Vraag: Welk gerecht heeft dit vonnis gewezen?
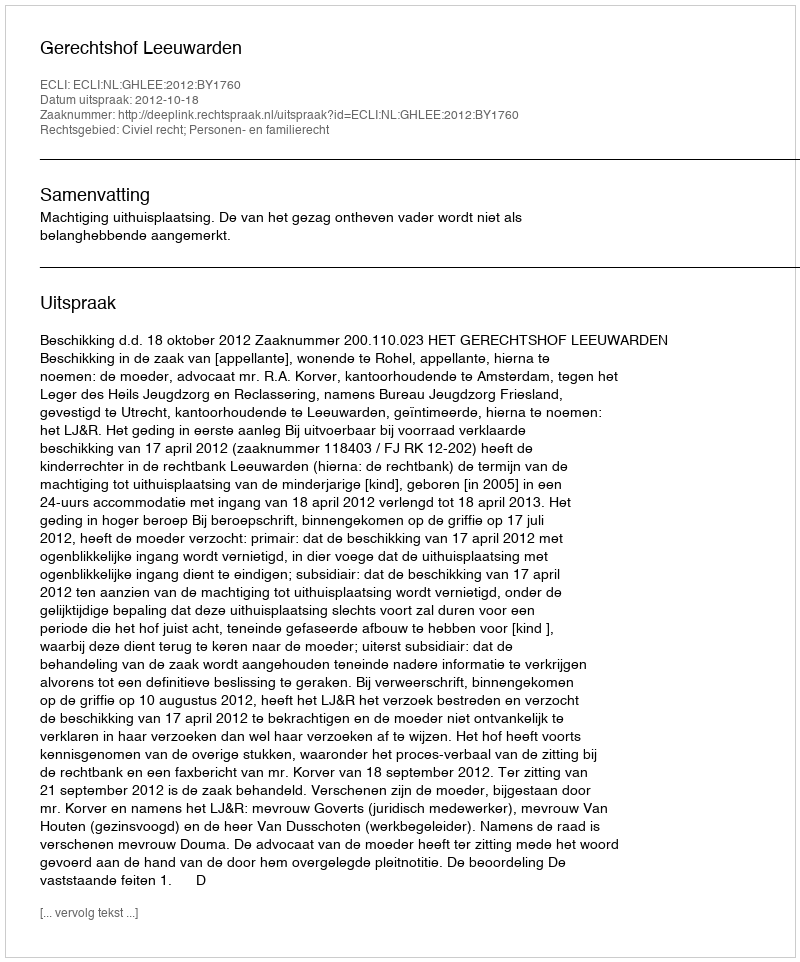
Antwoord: Gerechtshof Leeuwarden